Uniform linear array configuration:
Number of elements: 8
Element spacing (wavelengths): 1
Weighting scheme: binomial
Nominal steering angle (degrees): -45
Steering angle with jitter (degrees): -46.084
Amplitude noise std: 0.05
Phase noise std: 0.05

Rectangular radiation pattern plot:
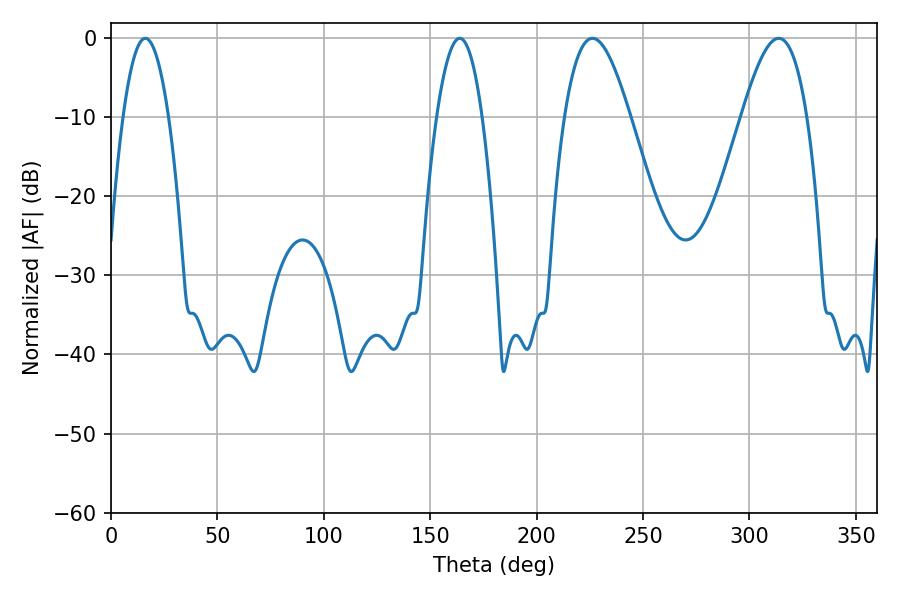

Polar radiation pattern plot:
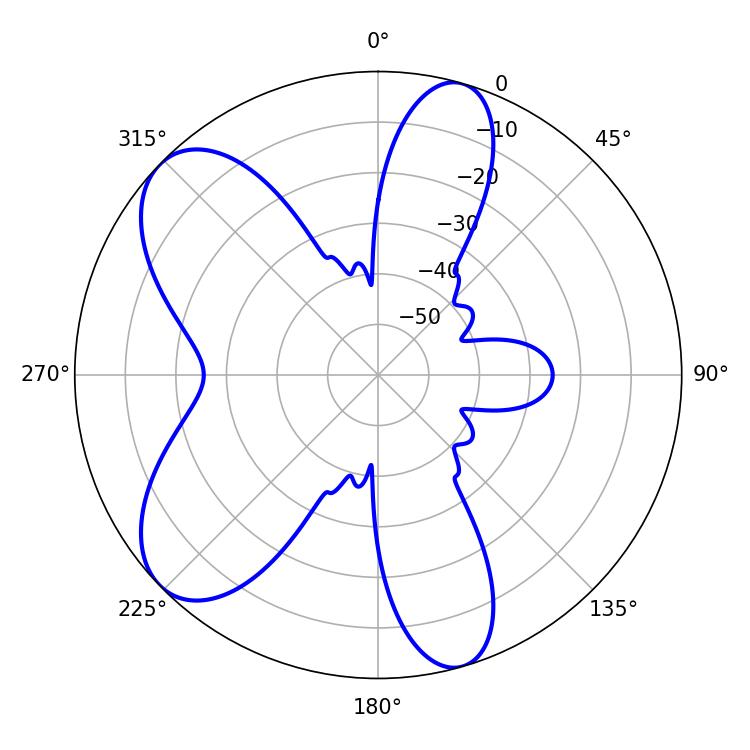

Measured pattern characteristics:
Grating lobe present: TRUE
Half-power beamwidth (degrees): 16.74
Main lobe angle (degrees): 226.26